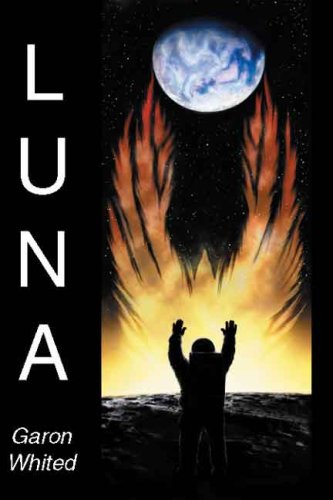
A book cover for Luna; Garon Whited; Christian Books & Bibles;